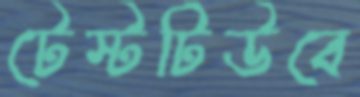
টেস্টটিউবে